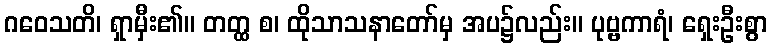
ဂဝေသတိ၊ ရှာမှီး၏။ တတ္ထ စ၊ ထိုသာသနာတော်မှ အပ၌လည်း။ ပုဗ္ဗကာရံ၊ ရှေးဦးစွာ